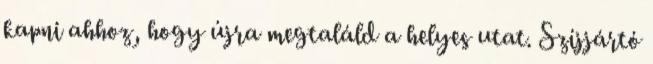
kapni ahhoz, hogy újra megtaláld a helyes utat. Szíjjártó